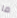
ما